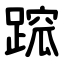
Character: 䠚